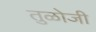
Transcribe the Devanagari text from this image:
तुळोजी